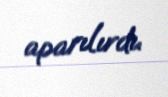
aparılırdı.